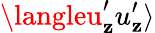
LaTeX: \langleu_{\mathbf{z}}^{\prime}u_{\mathbf{z}}^{\prime}\rangle